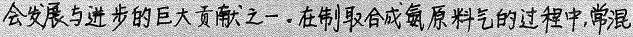
##会发展与进步的巨大贡献之一。在制取合成氨原料气的过程中，常混##